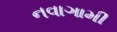
નવાગામી